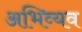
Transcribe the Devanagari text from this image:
अभिव्यव